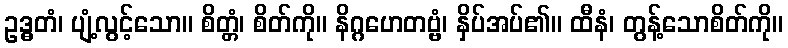
ဥဒ္ဓတံ၊ ပျံ့လွင့်သော။ စိတ္တံ၊ စိတ်ကို။ နိဂ္ဂဟေတဗ္ဗံ၊ နှိပ်အပ်၏။ ထီနံ၊ တွန့်သောစိတ်ကို။